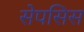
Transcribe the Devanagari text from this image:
सेपसिस